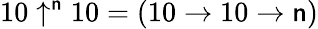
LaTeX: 10\uparrow^{\mathsf{n}}10=(10\to10\to\mathsf{n})